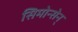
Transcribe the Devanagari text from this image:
सिमोन्सेन्